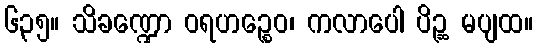
၆၃၅။ သိခဏ္ဍော ဝရဟဉ္စေဝ၊ ကလာပေါ ပိဉ္ဆ မပျထ။